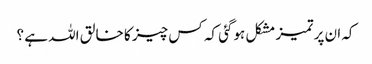
کہ ان پر تمیز مشکل ہوگئی کہ کس چیز کا خالق اللہ ہے ؟